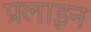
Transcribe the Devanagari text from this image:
प्रलाइन